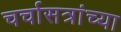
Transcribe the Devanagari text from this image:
चर्चासत्रांच्या